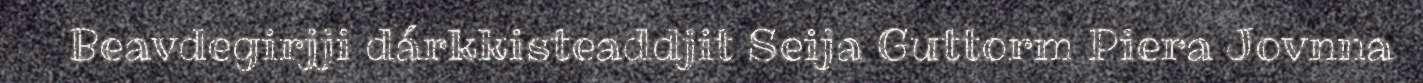
Beavdegirjji dárkkisteaddjit Seija Guttorm Piera Jovnna